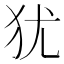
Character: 犹